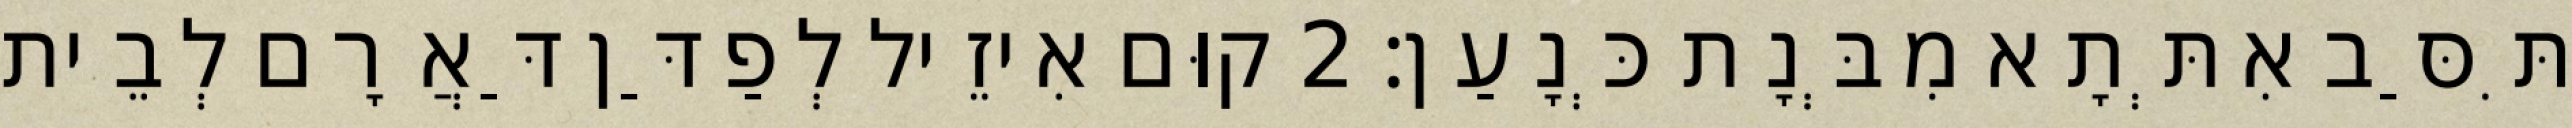
תִּסַּב אִתְּתָא מִבְּנָת כְּנָעַן׃ 2 קוּם אִיזֵיל לְפַדַּן דַּאֲרָם לְבֵית